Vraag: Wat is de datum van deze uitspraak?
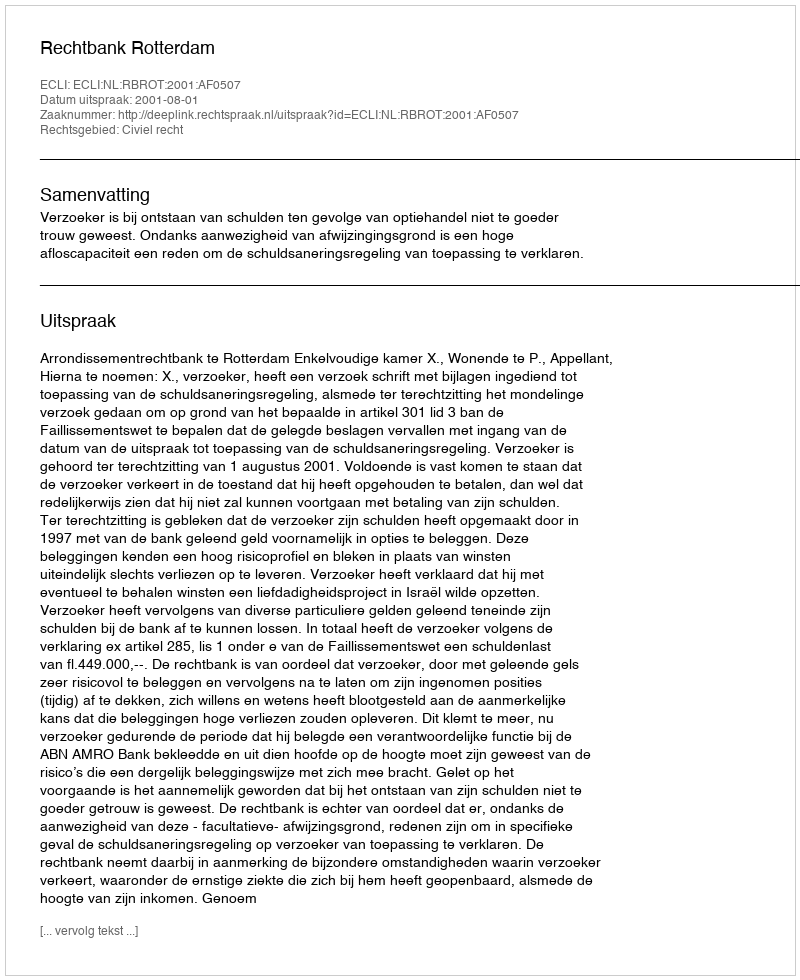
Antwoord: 2001-08-01